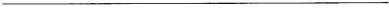
___